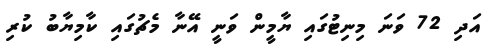
އަދި 72 ވަނަ މިނިޓުގައި ޔާމީން ވަނީ އޭނާ މެޗުގައި ކާމިޔާބު ކުރި